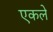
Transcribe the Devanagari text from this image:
एकले